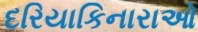
દરિયાકિનારાઓ